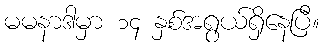
မမနာဒါမှာ ၁၄ နှစ်အရွယ်ရှိနေပြီ။